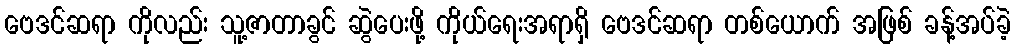
ဗေဒင်ဆရာ ကိုလည်း သူ့ဇာတာခွင် ဆွဲပေးဖို့ ကိုယ်ရေးအရာရှိ ဗေဒင်ဆရာ တစ်ယောက် အဖြစ် ခန့်အပ်ခဲ့